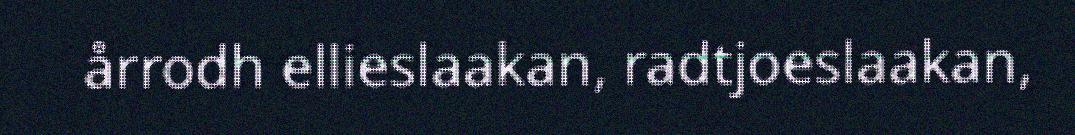
årrodh ellieslaakan, radtjoeslaakan,